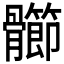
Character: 𩪶